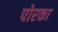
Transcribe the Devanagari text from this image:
पोरका